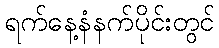
ရက်နေ့နံနက်ပိုင်းတွင်